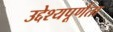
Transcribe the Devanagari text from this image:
उद्देश्यपूर्णता